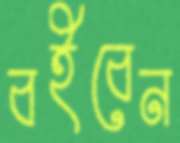
বইবেন